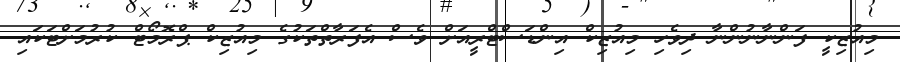
މިއުޒިކީ ފަންނާނުންނާ ދިވެހި މިއުޒިކް އިންޑަސްޓްރީއަށް ވެސް އެފަރާތްތަކުގެ މިއުޒިކް ޕްރޮމޯޓް ކުރުމަށްޓަކައި